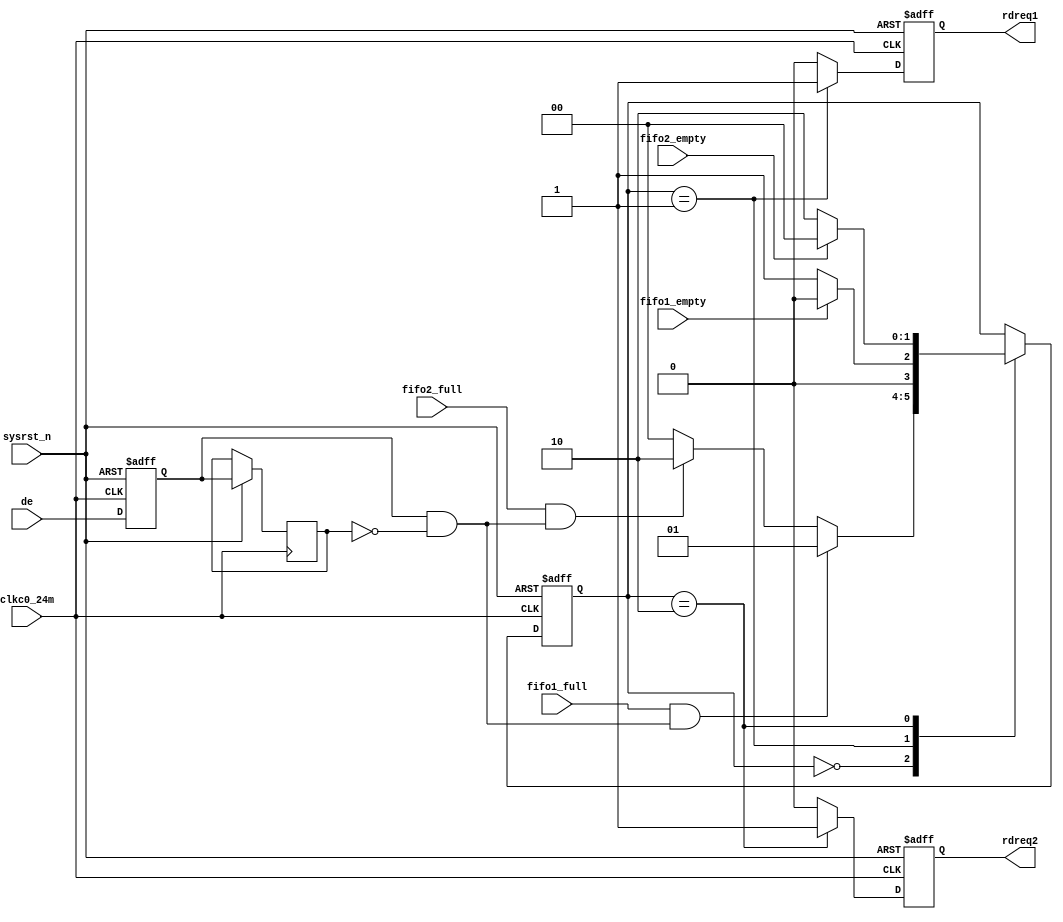

/* 
copyright C.Y

Filename    : pllnrst.v
Compiler    : Quartus II 9.1
simulator	: ModelSim 6.5b
Description : FIFO
Release     : 
*/

module pingpong_rd (
				//input
				clkc0_24m,
				sysrst_n,
				fifo1_full,
				fifo1_empty,
				fifo2_full,
				fifo2_empty,
				de,
				//output
				rdreq1,
				rdreq2
				);
				
input clkc0_24m;
input sysrst_n;
input fifo1_full;
input fifo1_empty;
input fifo2_full;
input fifo2_empty;
input de;
output rdreq1;
output rdreq2;

//de
reg de_ff1;
reg de_ff2;
wire de_pos;
always @ (negedge clkc0_24m or negedge sysrst_n) begin
	if(!sysrst_n) begin
		de_ff1<=1'b0;
		de_ff1<=1'b0;
		end
	else begin
		de_ff1<=de;
		de_ff2<=de_ff1;
		end
end
assign de_pos=de_ff1 &(~de_ff2);

//FSM controler
reg [1:0] cstate;

parameter IDLE=		2'b00;
parameter RD_FIFO1=	2'b01;
parameter RD_FIFO2=	2'b10;

always @ (negedge clkc0_24m or negedge sysrst_n) begin
	if(!sysrst_n) 
		cstate<=IDLE;
	else
		case(cstate)
			IDLE: begin
				if(fifo1_full && de_pos)
					cstate<=RD_FIFO1;
				else if(fifo2_full && de_pos)
					cstate<=RD_FIFO2;
				else
					cstate<=IDLE;
				end
			RD_FIFO1: begin
				if(fifo1_empty)
					cstate<=IDLE;
				else
					cstate<=RD_FIFO1;
				end
			RD_FIFO2: begin
				if(fifo2_empty)
					cstate<=IDLE;
				else
					cstate<=RD_FIFO2;
				end
			default: ;
		endcase
end

//rdreq1
reg rdreq1;
always @ (negedge clkc0_24m or negedge sysrst_n) begin
	if(!sysrst_n)
		rdreq1<=1'b0;
	else if(cstate==RD_FIFO1)
		rdreq1<=1'b1;
	else
		rdreq1<=1'b0;
end

//rdreq2
reg rdreq2;
always @ (negedge clkc0_24m or negedge sysrst_n) begin
	if(!sysrst_n)
		rdreq2<=1'b0;
	else if(cstate==RD_FIFO2)
		rdreq2<=1'b1;
	else
		rdreq2<=1'b0;
end

endmodule